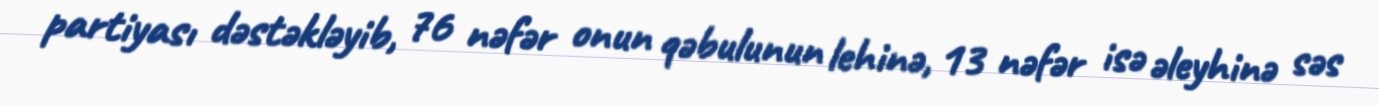
partiyası dəstəkləyib, 76 nəfər onun qəbulunun lehinə, 13 nəfər isə əleyhinə səs